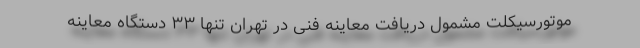
موتورسیکلت مشمول دریافت معاینه فنی در تهران تنها ۳۳ دستگاه معاینه